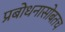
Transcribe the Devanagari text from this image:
प्रबोधनासोबतच